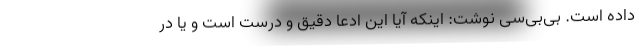
داده است. بی‌بی‌سی نوشت: اینکه آیا این ادعا دقیق و درست است و یا در